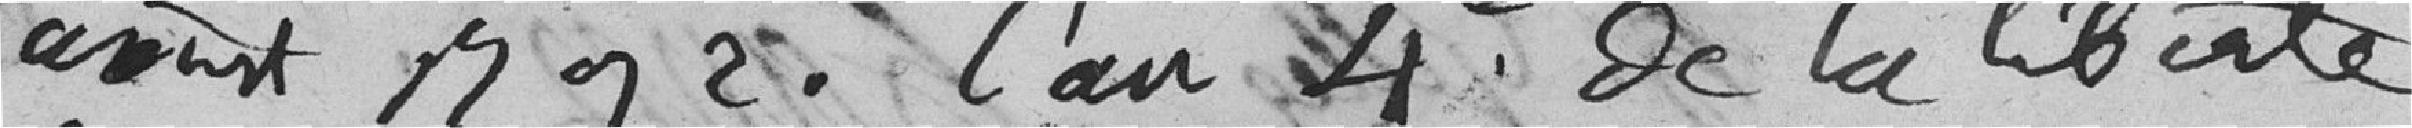
aoust 1792 l'an 4e de la liberté